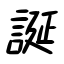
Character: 誕